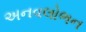
અનવલોભન